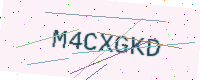
Text: M4CXGKD